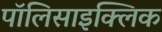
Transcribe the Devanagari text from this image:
पॉलिसाइक्लिक